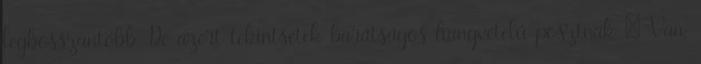
legbosszantóbb. De azért tekintsétek barátságos hangvételű posztnak : Van,